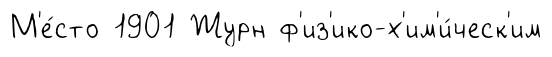
М'е́сто 1901 Журн ф'из'ико-х'им'и́ческ'им